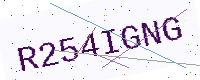
Text: R254IGNG